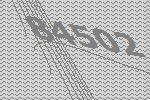
84502